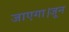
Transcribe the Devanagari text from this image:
जाएगा।जून